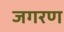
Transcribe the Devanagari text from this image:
जगरण